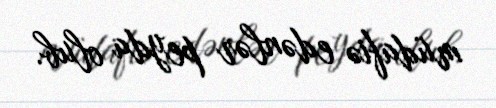
müdafiə edənlər peyda olub.